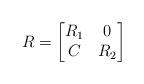
LaTeX: \begin{align*}R=\begin{bmatrix}R_1&0\\C&R_2\end{bmatrix}\end{align*}